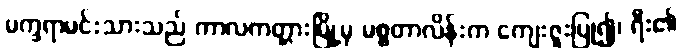
မက္ခရာမင်းသားသည် ကာလကတ္တားမြို့မှ မစ္စတာလိန်းက ကျေးဇူးပြု၍၊ ရီး၏